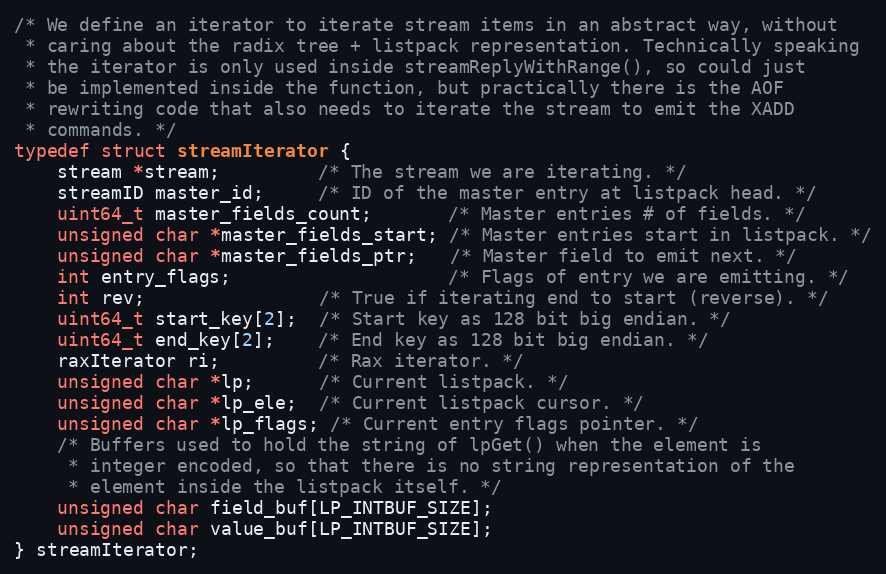
Language: C
/* We define an iterator to iterate stream items in an abstract way, without
 * caring about the radix tree + listpack representation. Technically speaking
 * the iterator is only used inside streamReplyWithRange(), so could just
 * be implemented inside the function, but practically there is the AOF
 * rewriting code that also needs to iterate the stream to emit the XADD
 * commands. */
typedef struct streamIterator {
    stream *stream;         /* The stream we are iterating. */
    streamID master_id;     /* ID of the master entry at listpack head. */
    uint64_t master_fields_count;       /* Master entries # of fields. */
    unsigned char *master_fields_start; /* Master entries start in listpack. */
    unsigned char *master_fields_ptr;   /* Master field to emit next. */
    int entry_flags;                    /* Flags of entry we are emitting. */
    int rev;                /* True if iterating end to start (reverse). */
    uint64_t start_key[2];  /* Start key as 128 bit big endian. */
    uint64_t end_key[2];    /* End key as 128 bit big endian. */
    raxIterator ri;         /* Rax iterator. */
    unsigned char *lp;      /* Current listpack. */
    unsigned char *lp_ele;  /* Current listpack cursor. */
    unsigned char *lp_flags; /* Current entry flags pointer. */
    /* Buffers used to hold the string of lpGet() when the element is
     * integer encoded, so that there is no string representation of the
     * element inside the listpack itself. */
    unsigned char field_buf[LP_INTBUF_SIZE];
    unsigned char value_buf[LP_INTBUF_SIZE];
} streamIterator;